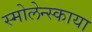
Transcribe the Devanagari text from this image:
स्मोलेन्स्काया